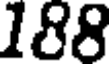
188